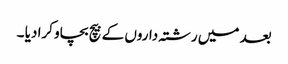
بعد میں رشتہ داروں کے بیچ بچاو کرا دیا ۔